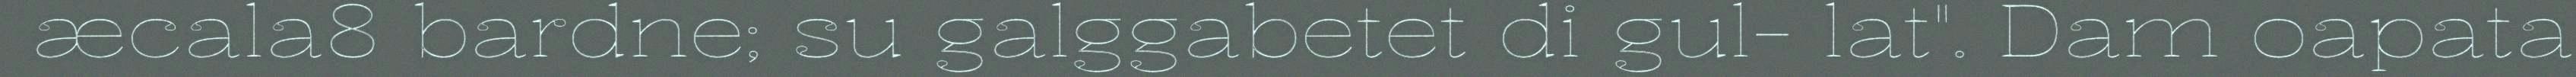
æcala8 bardne; su galggabetet di gul- lat". Dam oapata